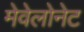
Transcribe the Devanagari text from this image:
मेवेलोनेट